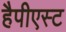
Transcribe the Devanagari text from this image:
हैपीएस्ट